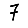
Digit: 7